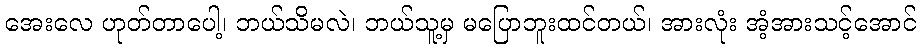
အေးလေ ဟုတ်တာပေါ့၊ ဘယ်သိမလဲ၊ ဘယ်သူ့မှ မပြောဘူးထင်တယ်၊ အားလုံး အံ့အားသင့်အောင်